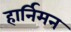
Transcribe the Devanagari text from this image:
हार्निमन